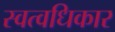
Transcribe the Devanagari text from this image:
स्वत्वधिकार